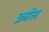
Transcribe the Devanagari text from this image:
क्रोंस